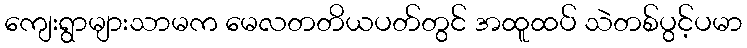
ကျေးရွာများသာမက မေလတတိယပတ်တွင် အထူထပ် သဲတစ်ပွင့်ပမာ